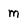
Character: m